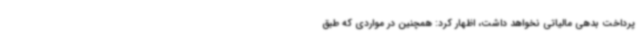
پرداخت بدهی مالیاتی نخواهد داشت، اظهار کرد: همچنین در مواردی که طبق